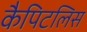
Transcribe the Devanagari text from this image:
कैपिटलिस